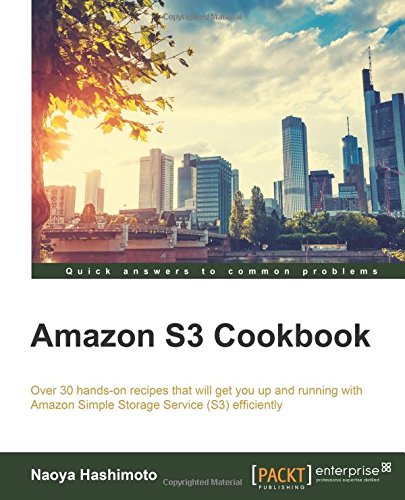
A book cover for Amazon S3 Cookbook; Naoya Hashimoto; Computers & Technology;